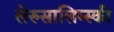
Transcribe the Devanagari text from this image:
लेरुसालिम्स्की